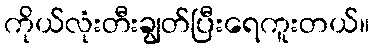
ကိုယ်လုံးတီးချွတ်ပြီးရေကူးတယ်။